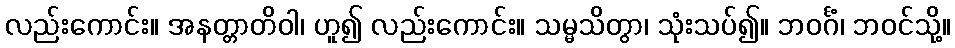
လည်းကောင်း။ အနတ္တာတိဝါ၊ ဟူ၍ လည်းကောင်း။ သမ္မသိတွာ၊ သုံးသပ်၍။ ဘဝင်္ဂံ၊ ဘဝင်သို့။